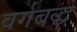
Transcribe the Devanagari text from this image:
वर्गबद्ध